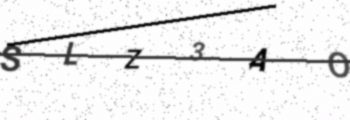
Text: SLZ3AO